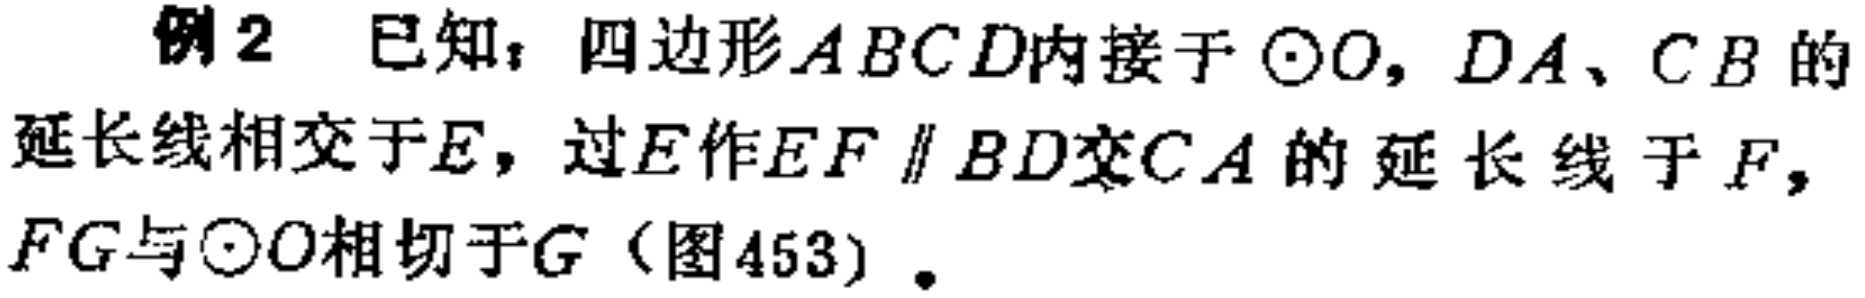
例2 已知：四边形\(ABCD\)内接于\(\odot O\)，\(DA\)、\(CB\)的延长线相交于\(E\)，过\(E\)作\(EF \parallel BD\)交\(CA\)的延长线于\(F\)，\(FG\)与\(\odot O\)相切于\(G\)（图453）.